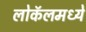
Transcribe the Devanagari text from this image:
लोकॅलमध्ये